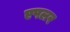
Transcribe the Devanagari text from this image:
एपलर